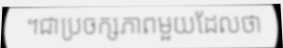
។ជាប្រចក្សភាពមួយដែលថា